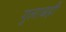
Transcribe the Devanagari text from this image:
गुलाबही